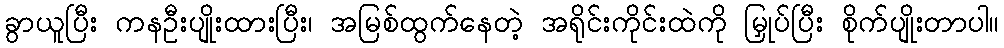
ခွာယူပြီး ကနဦးပျိုးထားပြီး၊ အမြစ်ထွက်နေတဲ့ အရိုင်းကိုင်းထဲကို မြှုပ်ပြီး စိုက်ပျိုးတာပါ။